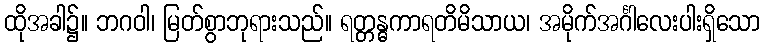
ထိုအခါ၌။ ဘဂဝါ၊ မြတ်စွာဘုရားသည်။ ရတ္တန္ဓကာရတိမိသာယ၊ အမိုက်အင်္ဂါလေးပါးရှိသော